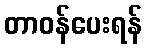
တာဝန်ပေးရန်